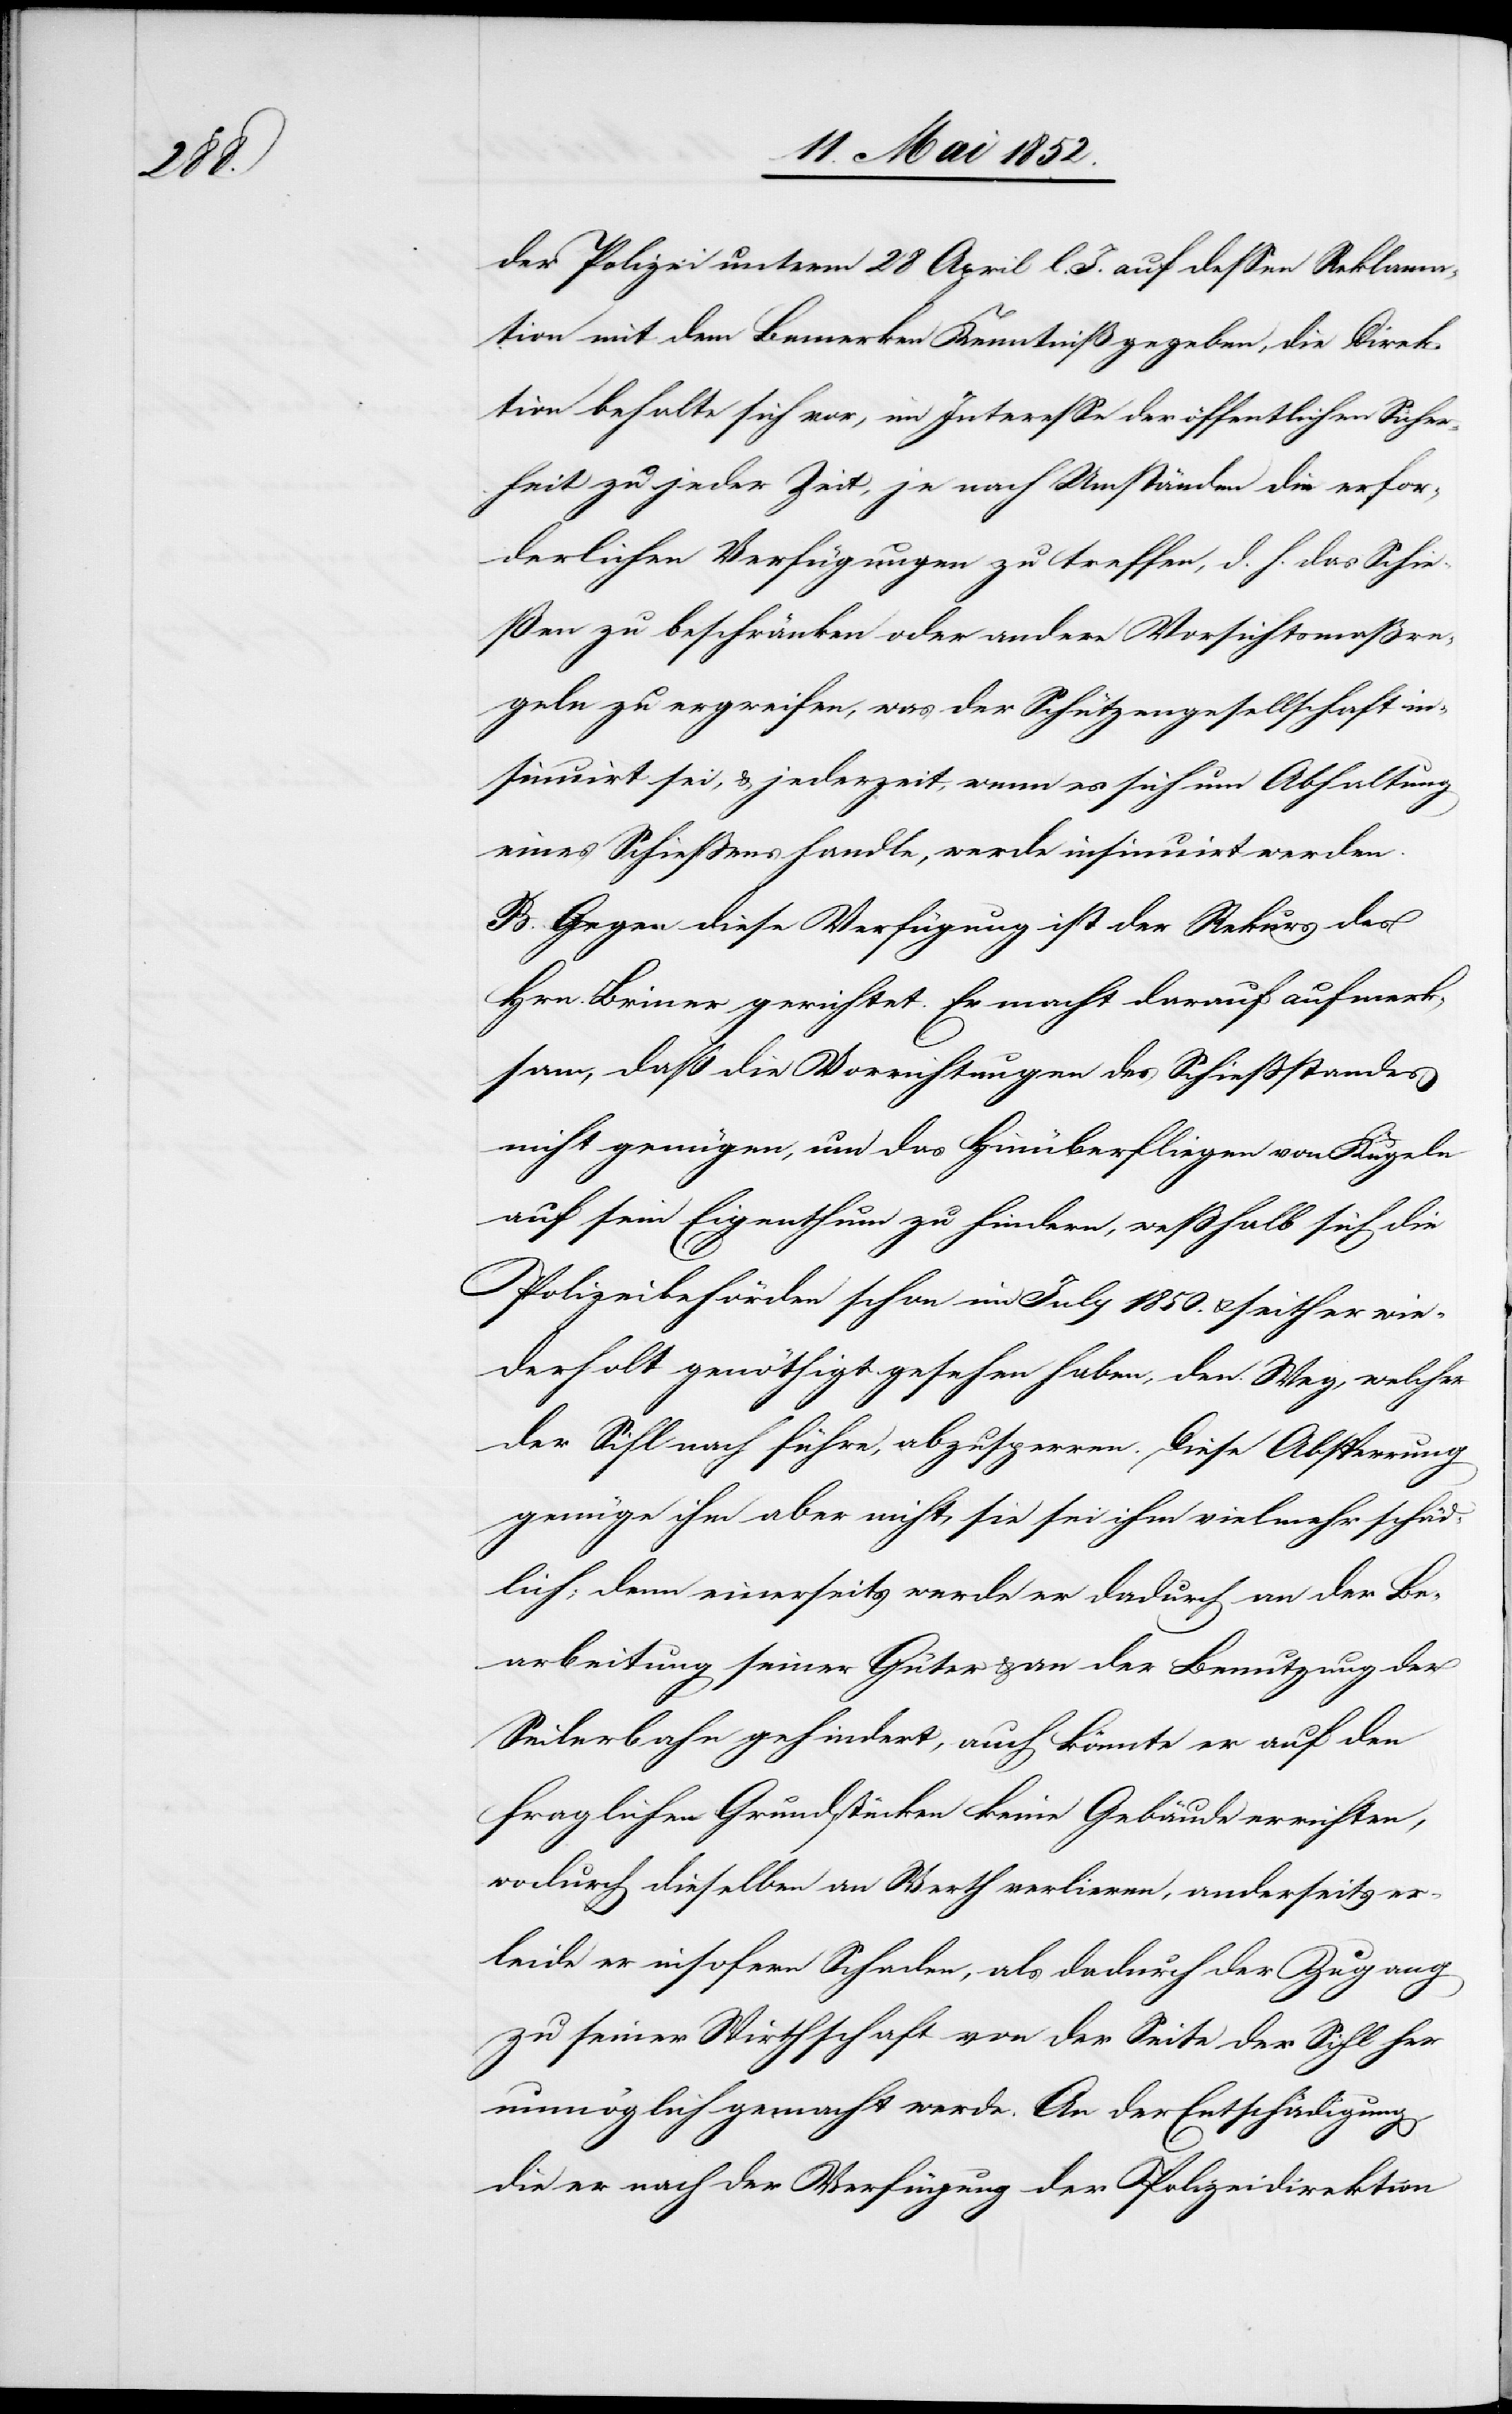
der Polizei unterm 28 April l. J. auf dessen Reklama¬
tion mit dem Bemerken Kenntniß gegeben, die Direk¬
tion behalte sich vor, im Interesse der öffentlichen Sicher¬
heit zu jeder Zeit, je nach Umständen die erfor¬
derlichen Verfügungen zu treffen, d. h. das Schie¬
ßen zu beschränken oder andere Vorsichtsmaßre¬
geln zu ergreifen, was der Schützengesellschaft in¬
sinuirt sei, & jederzeit, wenn es sich um Abhaltung
eines Schiessens handle, werde insinuirt werden.
B. Gegen diese Verfügung ist der Rekurs des
Hrn. Briner gerichtet. Er macht darauf aufmerk¬
sam, daß die Vorrichtungen des Schiessstandes
nicht genügen, um das Hinüberfliegen von Kugeln
auf sein Eigenthum zu hindern, wesshalb sich die
Polizeibehörden schon im July 1850. & seither wie¬
derholt genöthigt gesehen haben, den Weg, welcher
der Sihl nach führe, abzusperren. Diese Absperrung
genüge ihm aber nicht, sie sei ihm vielmehr schäd¬
lich; denn einerseits werde er dadurch an der Be¬
arbeitung seiner Güter & an der Benutzung der
Seilerbahn gehindert, auch könnte er auf den
fraglichen Grundstücken keine Gebäude errichten,
wodurch dieselben an Werth verlieren, anderseits er¬
leide er insofern Schaden, als dadurch der Zugang
zu seiner Wirthschaft von der Seite der Sihl her
unmöglich gemacht werde. An der Entschädigung,
die er nach der Verfügung der Polizeidirektion